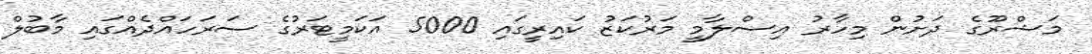
މަޝްރޫގެ ދަށުން މިހާރު އިސްލާމީ މަރުކަޒު ކައިރީގައި 5000 އަކަމީޓަރުގެ ސަރަހައްދެއްގައި މާބުލް